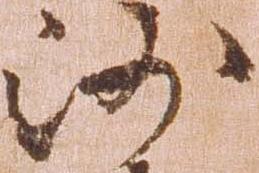
沙